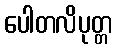
ပေါတလိပုတ္တ